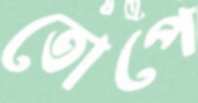
তোপে